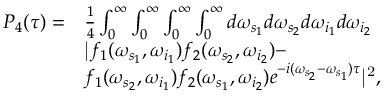
\begin{array} { r l } { P _ { 4 } ( \tau ) = } & { \frac { 1 } { 4 } \int _ { 0 } ^ { \infty } \int _ { 0 } ^ { \infty } \int _ { 0 } ^ { \infty } \int _ { 0 } ^ { \infty } d \omega _ { s _ { 1 } } d \omega _ { s _ { 2 } } d \omega _ { i _ { 1 } } d \omega _ { i _ { 2 } } } \\ & { \mathrm { { | } } f _ { 1 } ( \omega _ { s _ { 1 } } , \omega _ { i _ { 1 } } ) f _ { 2 } ( \omega _ { s _ { 2 } } , \omega _ { i _ { 2 } } ) - } \\ & { f _ { 1 } ( \omega _ { s _ { 2 } } , \omega _ { i _ { 1 } } ) f _ { 2 } ( \omega _ { s _ { 1 } } , \omega _ { i _ { 2 } } ) e ^ { - i ( \omega _ { s _ { 2 } } - \omega _ { s _ { 1 } } ) \tau } { \mathrm { | } } ^ { \mathrm { { 2 } } } , } \end{array}